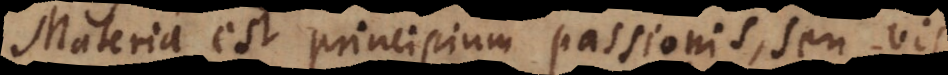
Materia est principium passionis, seu vis